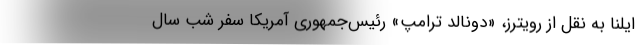
ایلنا به نقل از رویترز، «دونالد ترامپ» رئیس‌جمهوری آمریکا سفر شب سال